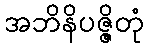
အဘိနိပဇ္ဇိတုံ